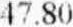
47.80